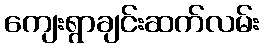
ကျေးရွာချင်းဆက်လမ်း